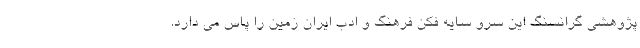
پژوهشی گرانسنگ این سرو سایه فکن فرهنگ و ادب ایران زمین را پاس می دارد.